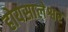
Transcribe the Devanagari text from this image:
होयसालेश्वर